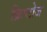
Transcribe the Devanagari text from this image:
क्रिप्टोज